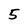
Character: 5